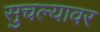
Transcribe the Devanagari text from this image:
सुचल्यावर